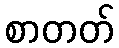
စာတတ်